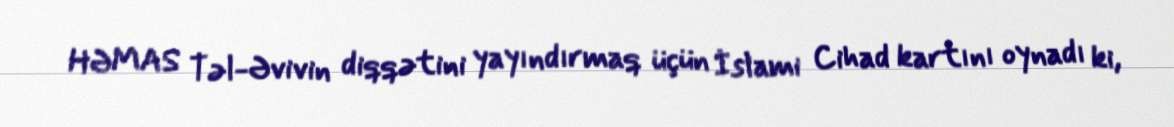
HƏMAS Təl-Əvivin diqqətini yayındırmaq üçün İslami Cihad kartını oynadı ki,